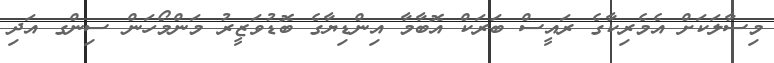
މިސާލަކަށް އެމެރިކާގެ ރައީސް ބަރަކް އޮބާމާ އިންޑިޔާގެ ބޮޑުވަޒީރު މަންމޯހަން ސިންގ އަދި